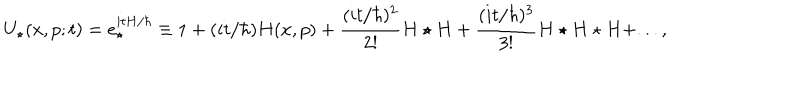
U _ { \star } ( x , p ; t ) = e _ { \star } ^ { i t H / \hbar } \equiv 1 + ( i t / \hbar ) H ( x , p ) + { \frac { ( i t / \hbar ) ^ { 2 } } { 2 ! } } H \star H + { \frac { ( i t / \hbar ) ^ { 3 } } { 3 ! } } H \star H \star H + . . . ,